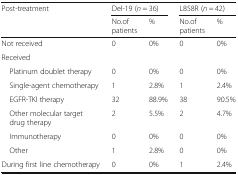
| <ROWSPAN=2> Post-treatment | <COLSPAN=2> Del-19 (n = 36) | <COLSPAN=2> L858R (n = 42) |
 | No.of patients | % | No.of patients | % |
 | --- | --- | --- | --- | --- |
 | Not received | 0 | 0% | 0 | 0% |
 | <COLSPAN=5> Received |
 | Platinum doublet therapy | 0 | 0% | 0 | 0% |
 | Single-agent chemotherapy | 1 | 2.8% | 1 | 2.4% |
 | EGFR-TKI therapy | 32 | 88.9% | 38 | 90.5% |
 | Other molecular target drug therapy | 2 | 5.5% | 2 | 4.7% |
 | Immunotherapy | 0 | 0% | 0 | 0% |
 | Other | 1 | 2.8% | 0 | 0% |
 | During first line chemotherapy | 0 | 0% | 1 | 2.4% |